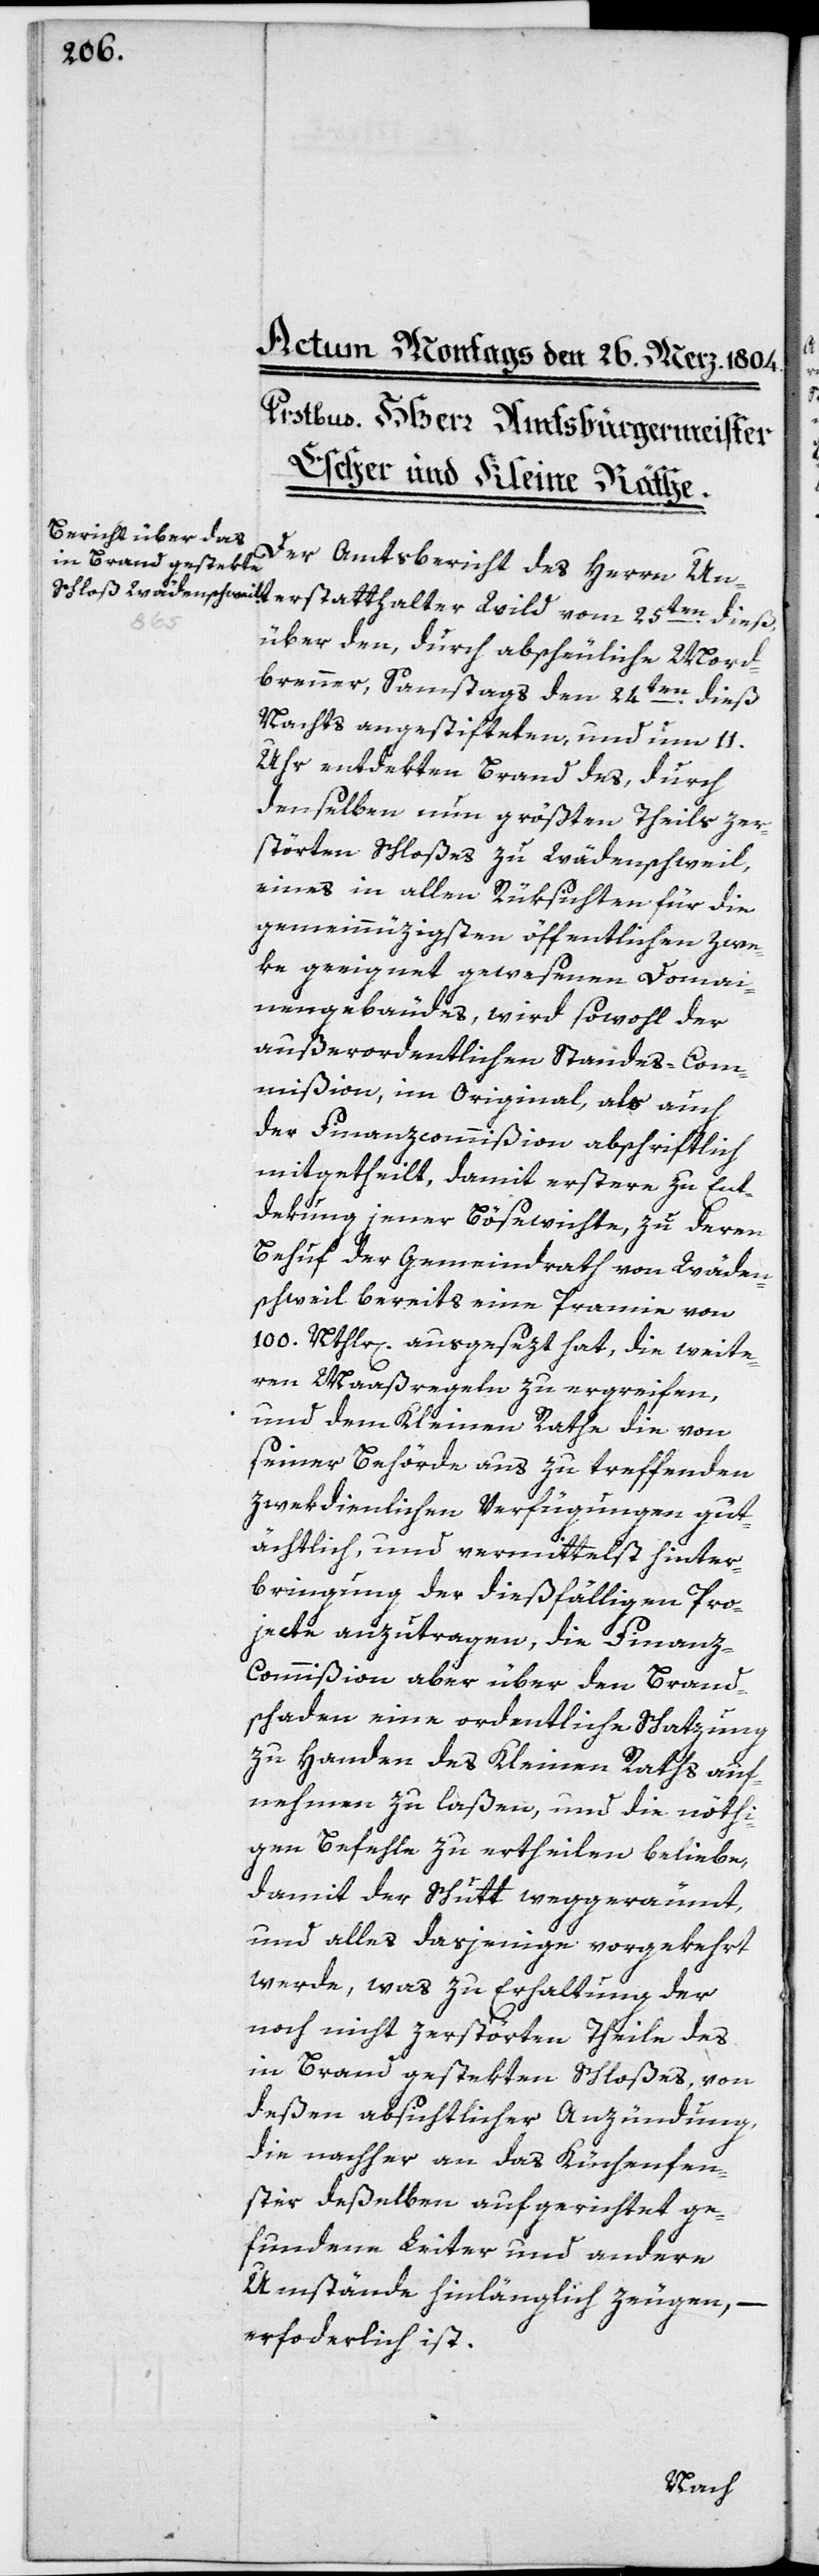
terstatthalter Wild
Der Amtsbericht des Herrn Un¬
über den, durch abscheuliche Mord¬
brenner, Samstag den 24ten dieß
Nachts angestifteten, und um 11.
Uhr entdekten Brand des, durch
denselben nun größten Theils zer¬
störten Schloßes zu Wädenschweil,
eines in allen Rüksichten für die
gemeinntzigsten öffentlichen Zwe¬
ke geeignet gewesenen Domai¬
nengebäudes, wird sowohl der
außerordentlichen Standes-Com¬
mißion, im Original, als auch
der Finanzcommißion abschriftlich
mitgetheilt, damit erstere zu Ent¬
dekung jener Bösewichte, zu deren
Behuf der Gemeindrath von Wäden¬
schweil bereits eine Pramie von
100. Nthlr[en]. ausgesezt hat, die weite¬
ren Maaßregeln zu ergreifen,
und dem Kleinen Rathe die von
seiner Behörde aus zu treffenden
zwekdienlichen Verfügungen gut¬
ächtlich, und vermittelst Hinter¬
bringung der dießfälligen Pro¬
jecte anzutragen, die Finanz-C¬
ommißion aber über den Brand¬
schaden eine ordentliche Schatzung
zu Handen des Kleinen Raths auf¬
nehmen zu laßen, und die nöti¬
gen Befehle zu ertheilen beliebe,
damit der Schutt weggeräumt,
und alles dasjenige vorgekehrt
werde, was zu Erhaltung der
noch nicht zerstörten Theile des
in Brand gestekten Schloßes, von
deßen absichtlicher Anzündung,
die nachher an das Küchenfen¬
ster deßelben aufgerichtet ge¬
fundenen Leiter und andern
Umstände hinlänglich zeugen, –
erforderlich ist.